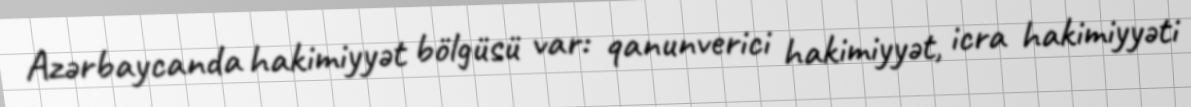
Azərbaycanda hakimiyyət bölgüsü var: qanunverici hakimiyyət, icra hakimiyyəti